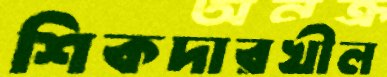
শিকদারখীল